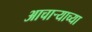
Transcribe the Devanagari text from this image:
आचार्‍याच्या